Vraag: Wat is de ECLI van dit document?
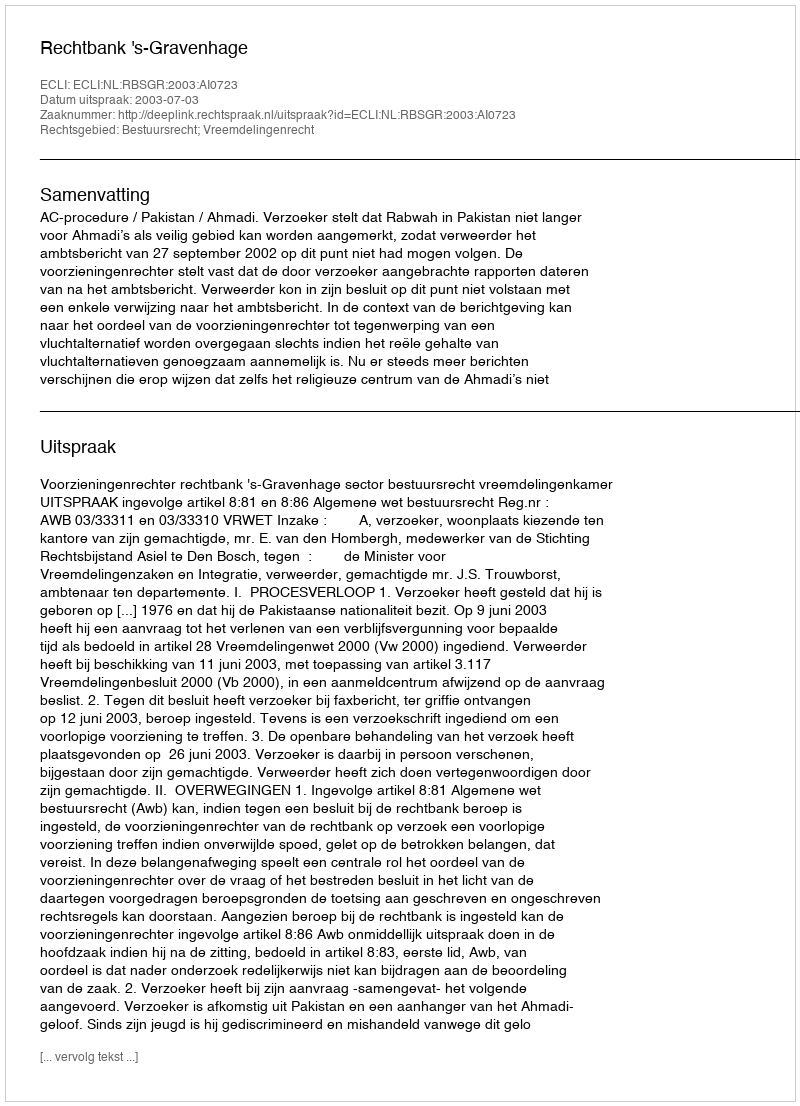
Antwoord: ECLI:NL:RBSGR:2003:AI0723